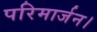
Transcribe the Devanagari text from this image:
परिमार्जन।